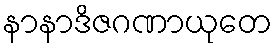
နာနာဒိဇဂဏာယုတေ